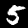
Digit: 5